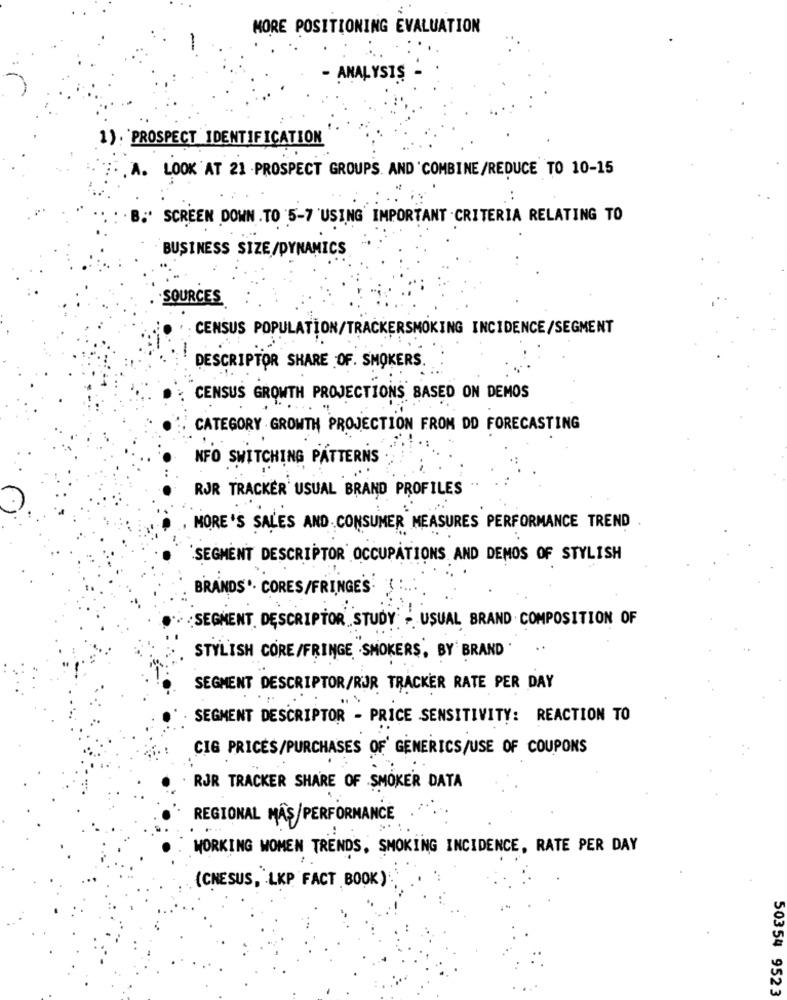
MORE POSITIONING EVALUATION
- ANALYSIS
1). PROSPECT IDENTIFICATION
A. LOOK AT 21 -PROSPECT GROUPS. AND 'COMBINE/REDUCE TO 10-15
SCREEN DOWN . TO 5-7 USING IMPORTANT CRITERIA RELATING TO
BUSINESS SIZE/DYNAMICS
SOURCES
CENSUS POPULATION/TRACKERSMOKING INCIDENCE/SEGMENT
DESCRIPTOR SHARE OF. SMOKERS.
CENSUS GROWTH PROJECTIONS BASED ON DEMOS
CATEGORY GROWTH PROJECTION FROM DD FORECASTING
NFO SWITCHING PATTERNS
RJR TRACKER USUAL BRAND PROFILES
MORE'S SALES AND CONSUMER MEASURES PERFORMANCE TREND
SEGMENT DESCRIPTOR OCCUPATIONS AND DEMOS OF STYLISH
BRANDS'· CORES/FRINGE'S
:SEGMENT DESCRIPTORSTUDY - USUAL BRAND COMPOSITION OF
STYLISH CORE/FRINGE .SMOKERS, BY BRAND .
SEGMENT DESCRIPTOR/RUR TRACKER RATE PER DAY
SEGMENT DESCRIPTOR - PRICE SENSITIVITY: REACTION TO
CIG PRICES/PURCHASES OF' GENERICS/USE OF COUPONS
RJR TRACKER SHARE OF SMOKER DATA
REGIONAL MAS/PERFORMANCE
WORKING WOMEN TRENDS, SMOKING INCIDENCE, RATE PER DAY
(CHESUS, LKP FACT BOOK)
50354 9523